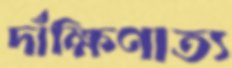
দাঁক্ষিণাত্য